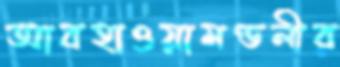
আবহাওয়ামণ্ডলীর